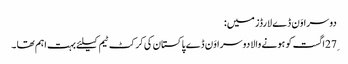
دوسرا وَن ڈے لارڈز میں:
27ِاگست کو ہونے والا دوسرا وَن ڈے پاکستان کی کرکٹ ٹیم کیلئے بہت اہم تھا ۔